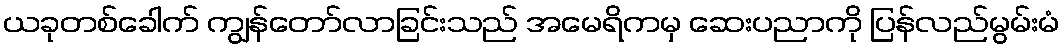
ယခုတစ်ခေါက် ကျွန်တော်လာခြင်းသည် အမေရိကမှ ဆေးပညာကို ပြန်လည်မွမ်းမံ